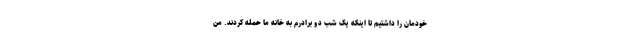
خودمان را داشتیم تا اینکه یک شب دو برادرم به خانه ما حمله کردند. من